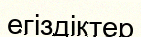
егіздіктер